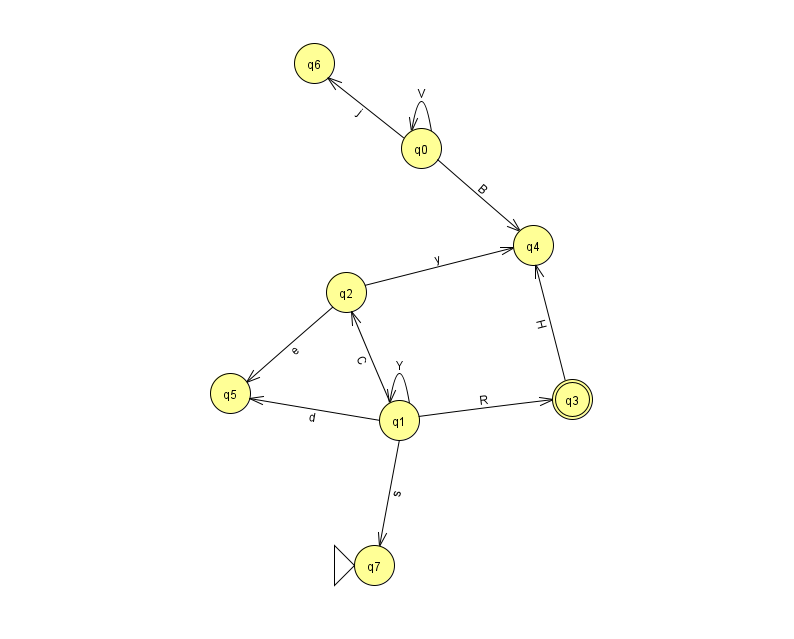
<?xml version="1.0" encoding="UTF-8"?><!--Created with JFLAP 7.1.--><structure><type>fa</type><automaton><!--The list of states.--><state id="0" name="q0"><x>421.0</x><y>135.0</y></state><state id="1" name="q1"><x>399.0</x><y>407.0</y></state><state id="2" name="q2"><x>346.0</x><y>279.0</y></state><state id="3" name="q3"><x>572.0</x><y>386.0</y><final/></state><state id="4" name="q4"><x>533.0</x><y>232.0</y></state><state id="5" name="q5"><x>230.0</x><y>380.0</y></state><state id="6" name="q6"><x>314.0</x><y>50.0</y></state><state id="7" name="q7"><x>374.0</x><y>552.0</y><initial/></state><!--The list of transitions.--><transition><from>1</from><to>3</to><read>R</read></transition><transition><from>2</from><to>4</to><read>y</read></transition><transition><from>2</from><to>5</to><read>e</read></transition><transition><from>0</from><to>0</to><read>V</read></transition><transition><from>1</from><to>2</to><read>C</read></transition><transition><from>1</from><to>5</to><read>d</read></transition><transition><from>3</from><to>4</to><read>H</read></transition><transition><from>1</from><to>1</to><read>Y</read></transition><transition><from>0</from><to>4</to><read>B</read></transition><transition><from>1</from><to>7</to><read>s</read></transition><transition><from>0</from><to>6</to><read>j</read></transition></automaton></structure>